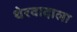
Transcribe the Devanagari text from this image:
थेरवादाला